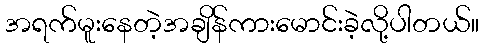
အရက်မူးနေတဲ့အချိန်ကားမောင်းခဲ့လို့ပါတယ်။